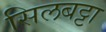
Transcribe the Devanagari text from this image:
सिलबट्टा